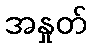
အနှုတ်